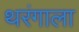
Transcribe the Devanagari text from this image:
थरंगाला